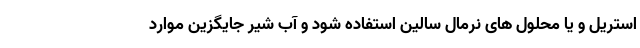
استریل و یا محلول های نرمال سالین استفاده شود و آب شیر جایگزین موارد